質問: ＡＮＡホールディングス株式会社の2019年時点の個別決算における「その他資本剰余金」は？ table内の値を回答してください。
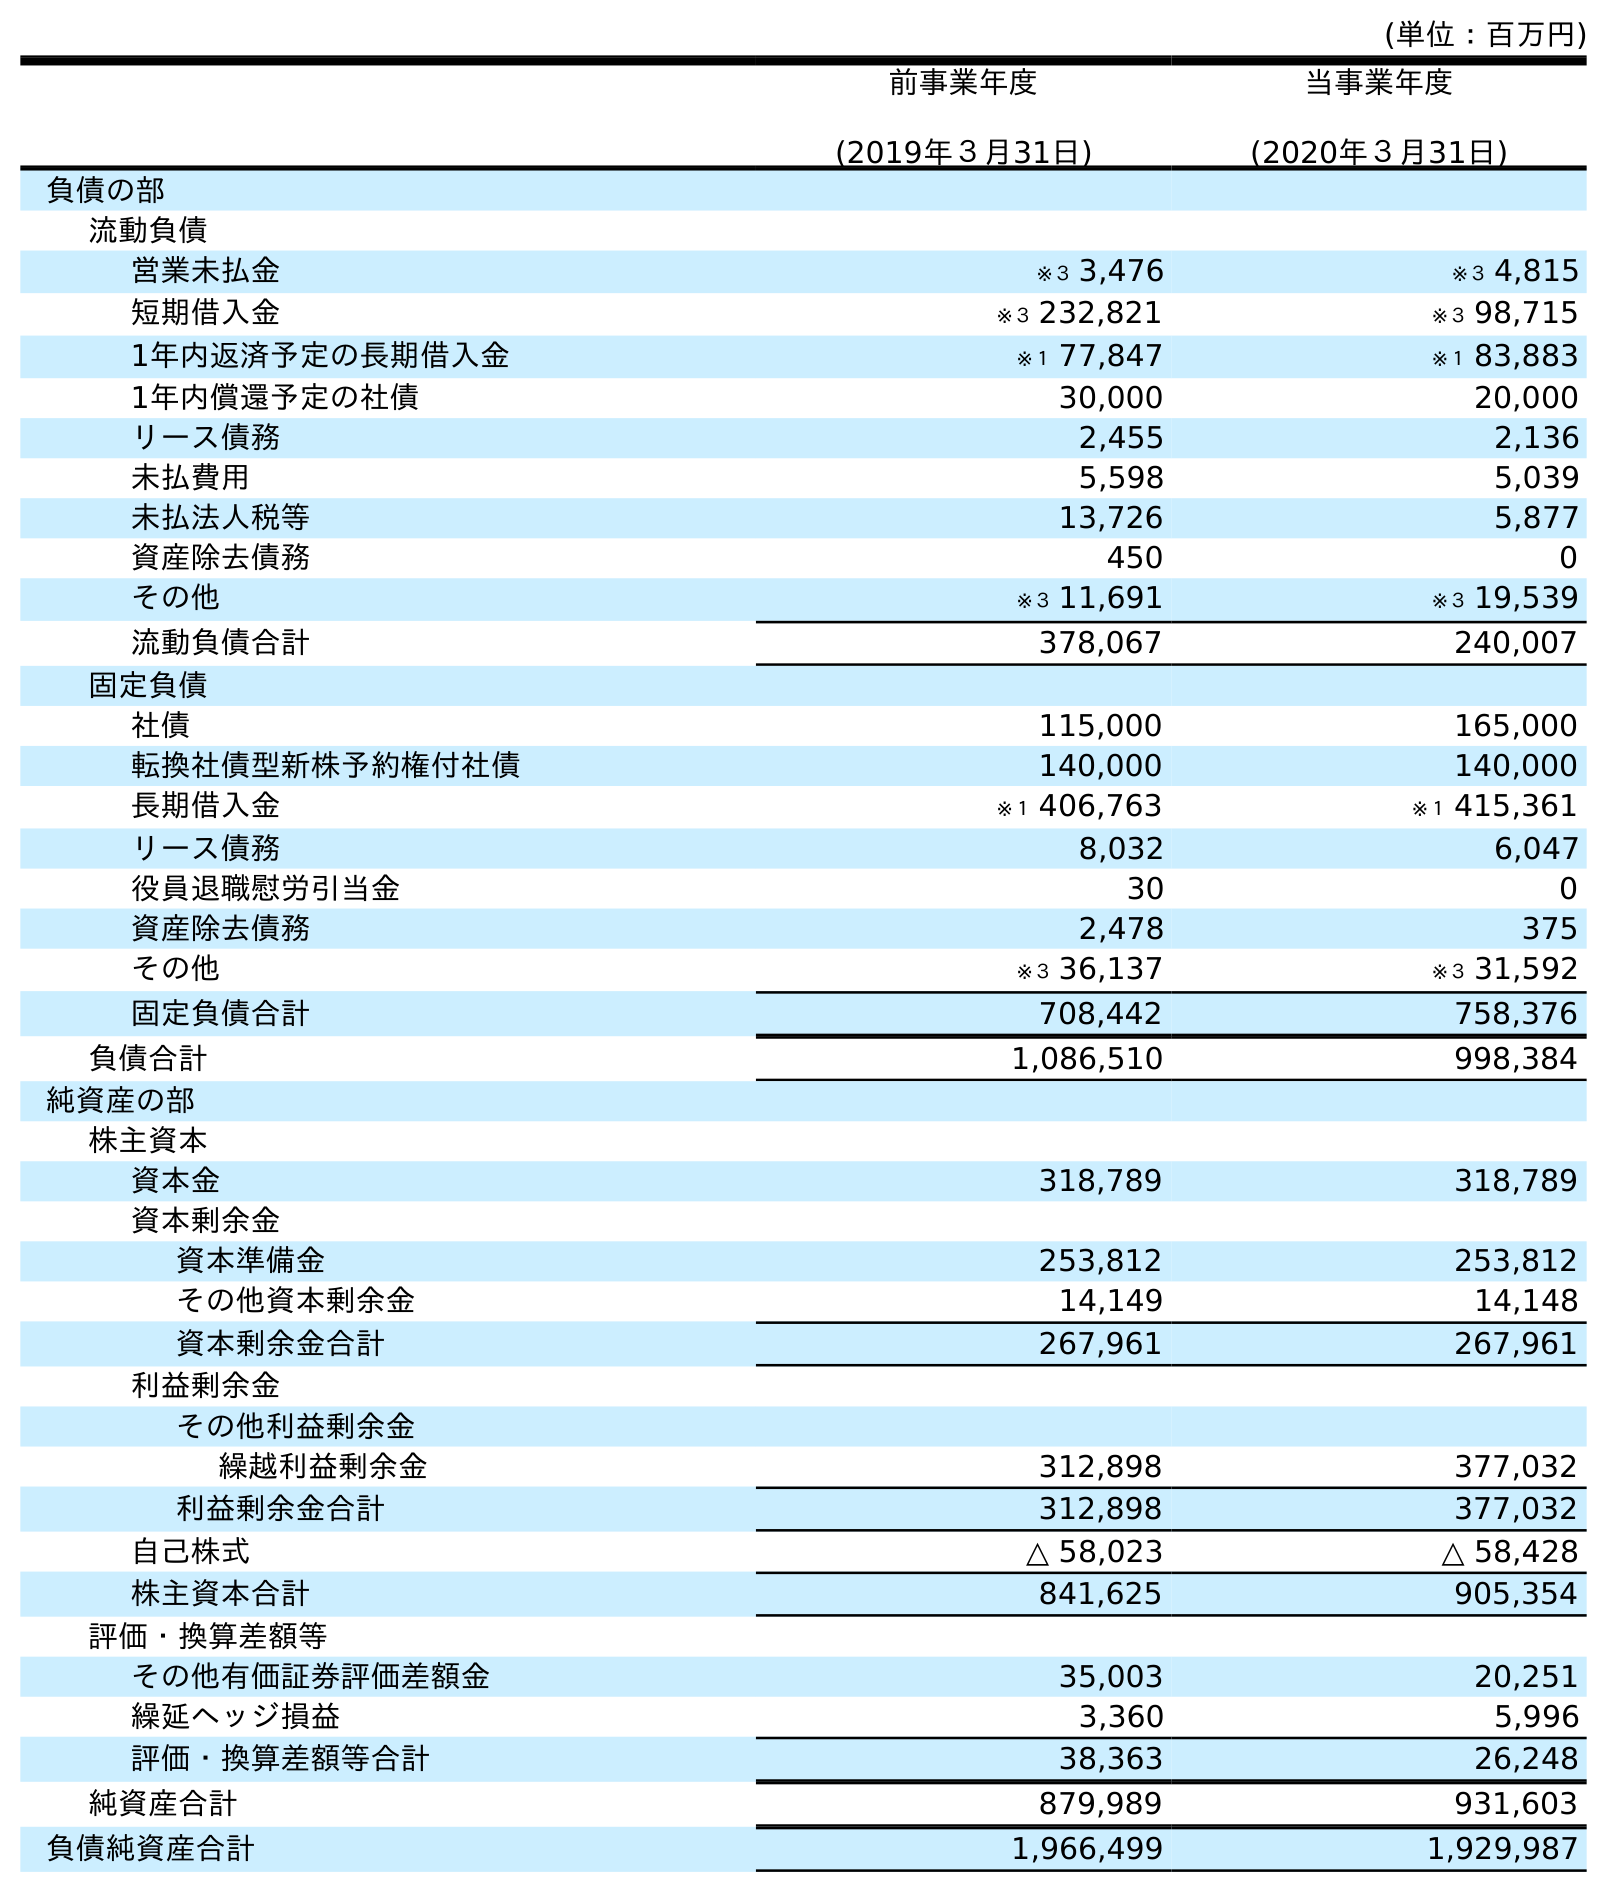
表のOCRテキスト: (単位：百万円) 前事業年度 (2019年３月31日) 当事業年度 (2020年３月31日) 負債の部 流動負債 営業未払金 ※３ 3,476 ※３ 4,815 短期借入金 ※３ 232,821 ※３ 98,715 1年内返済予定の長期借入金 ※１ 77,847 ※１ 83,883 1年内償還予定の社債 30,000 20,000 リース債務 2,455 2,136 未払費用 5,598 5,039 未払法人税等 13,726 5,877 資産除去債務 450 0 その他 ※３ 11,691 ※３ 19,539 流動負債合計 378,067 240,007 固定負債 社債 115,000 165,000 転換社債型新株予約権付社債 140,000 140,000 長期借入金 ※１ 406,763 ※１ 415,361 リース債務 8,032 6,047 役員退職慰労引当金 30 0 資産除去債務 2,478 375 その他 ※３ 36,137 ※３ 31,592 固定負債合計 708,442 758,376 負債合計 1,086,510 998,384 純資産の部 株主資本 資本金 318,789 318,789 資本剰余金 資本準備金 253,812 253,812 その他資本剰余金 14,149 14,148 資本剰余金合計 267,961 267,961 利益剰余金 その他利益剰余金 繰越利益剰余金 312,898 377,032 利益剰余金合計 312,898 377,032 自己株式 △ 58,023 △ 58,428 株主資本合計 841,625 905,354 評価・換算差額等 その他有価証券評価差額金 35,003 20,251 繰延ヘッジ損益 3,360 5,996 評価・換算差額等合計 38,363 26,248 純資産合計 879,989 931,603 負債純資産合計 1,966,499 1,929,987
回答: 14,149